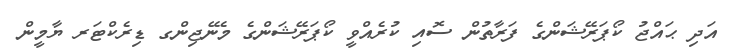
އަދި ޙައްޖު ކޯޕަރޭޝަންގެ ފަރާތުން ސޮއި ކުރެއްވީ ކޯޕަރޭޝަންގެ މެނޭޖިންގ ޑިރެކްޓަރ ޔާމީން